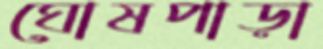
ঘোষপাড়া